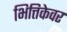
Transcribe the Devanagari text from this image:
भित्तिकेवर